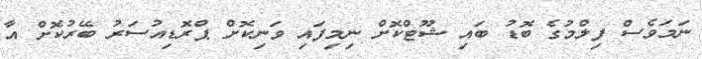
ނަމަވެސް ފިލްމުގެ ބޮޑު ބައި ޝޫޓްްކޮށް ނިމިފައި ވަނިކޮށް ޕްރޮޑިއުސަރު ބޭރުކޮށް އާ